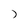
Character: 7